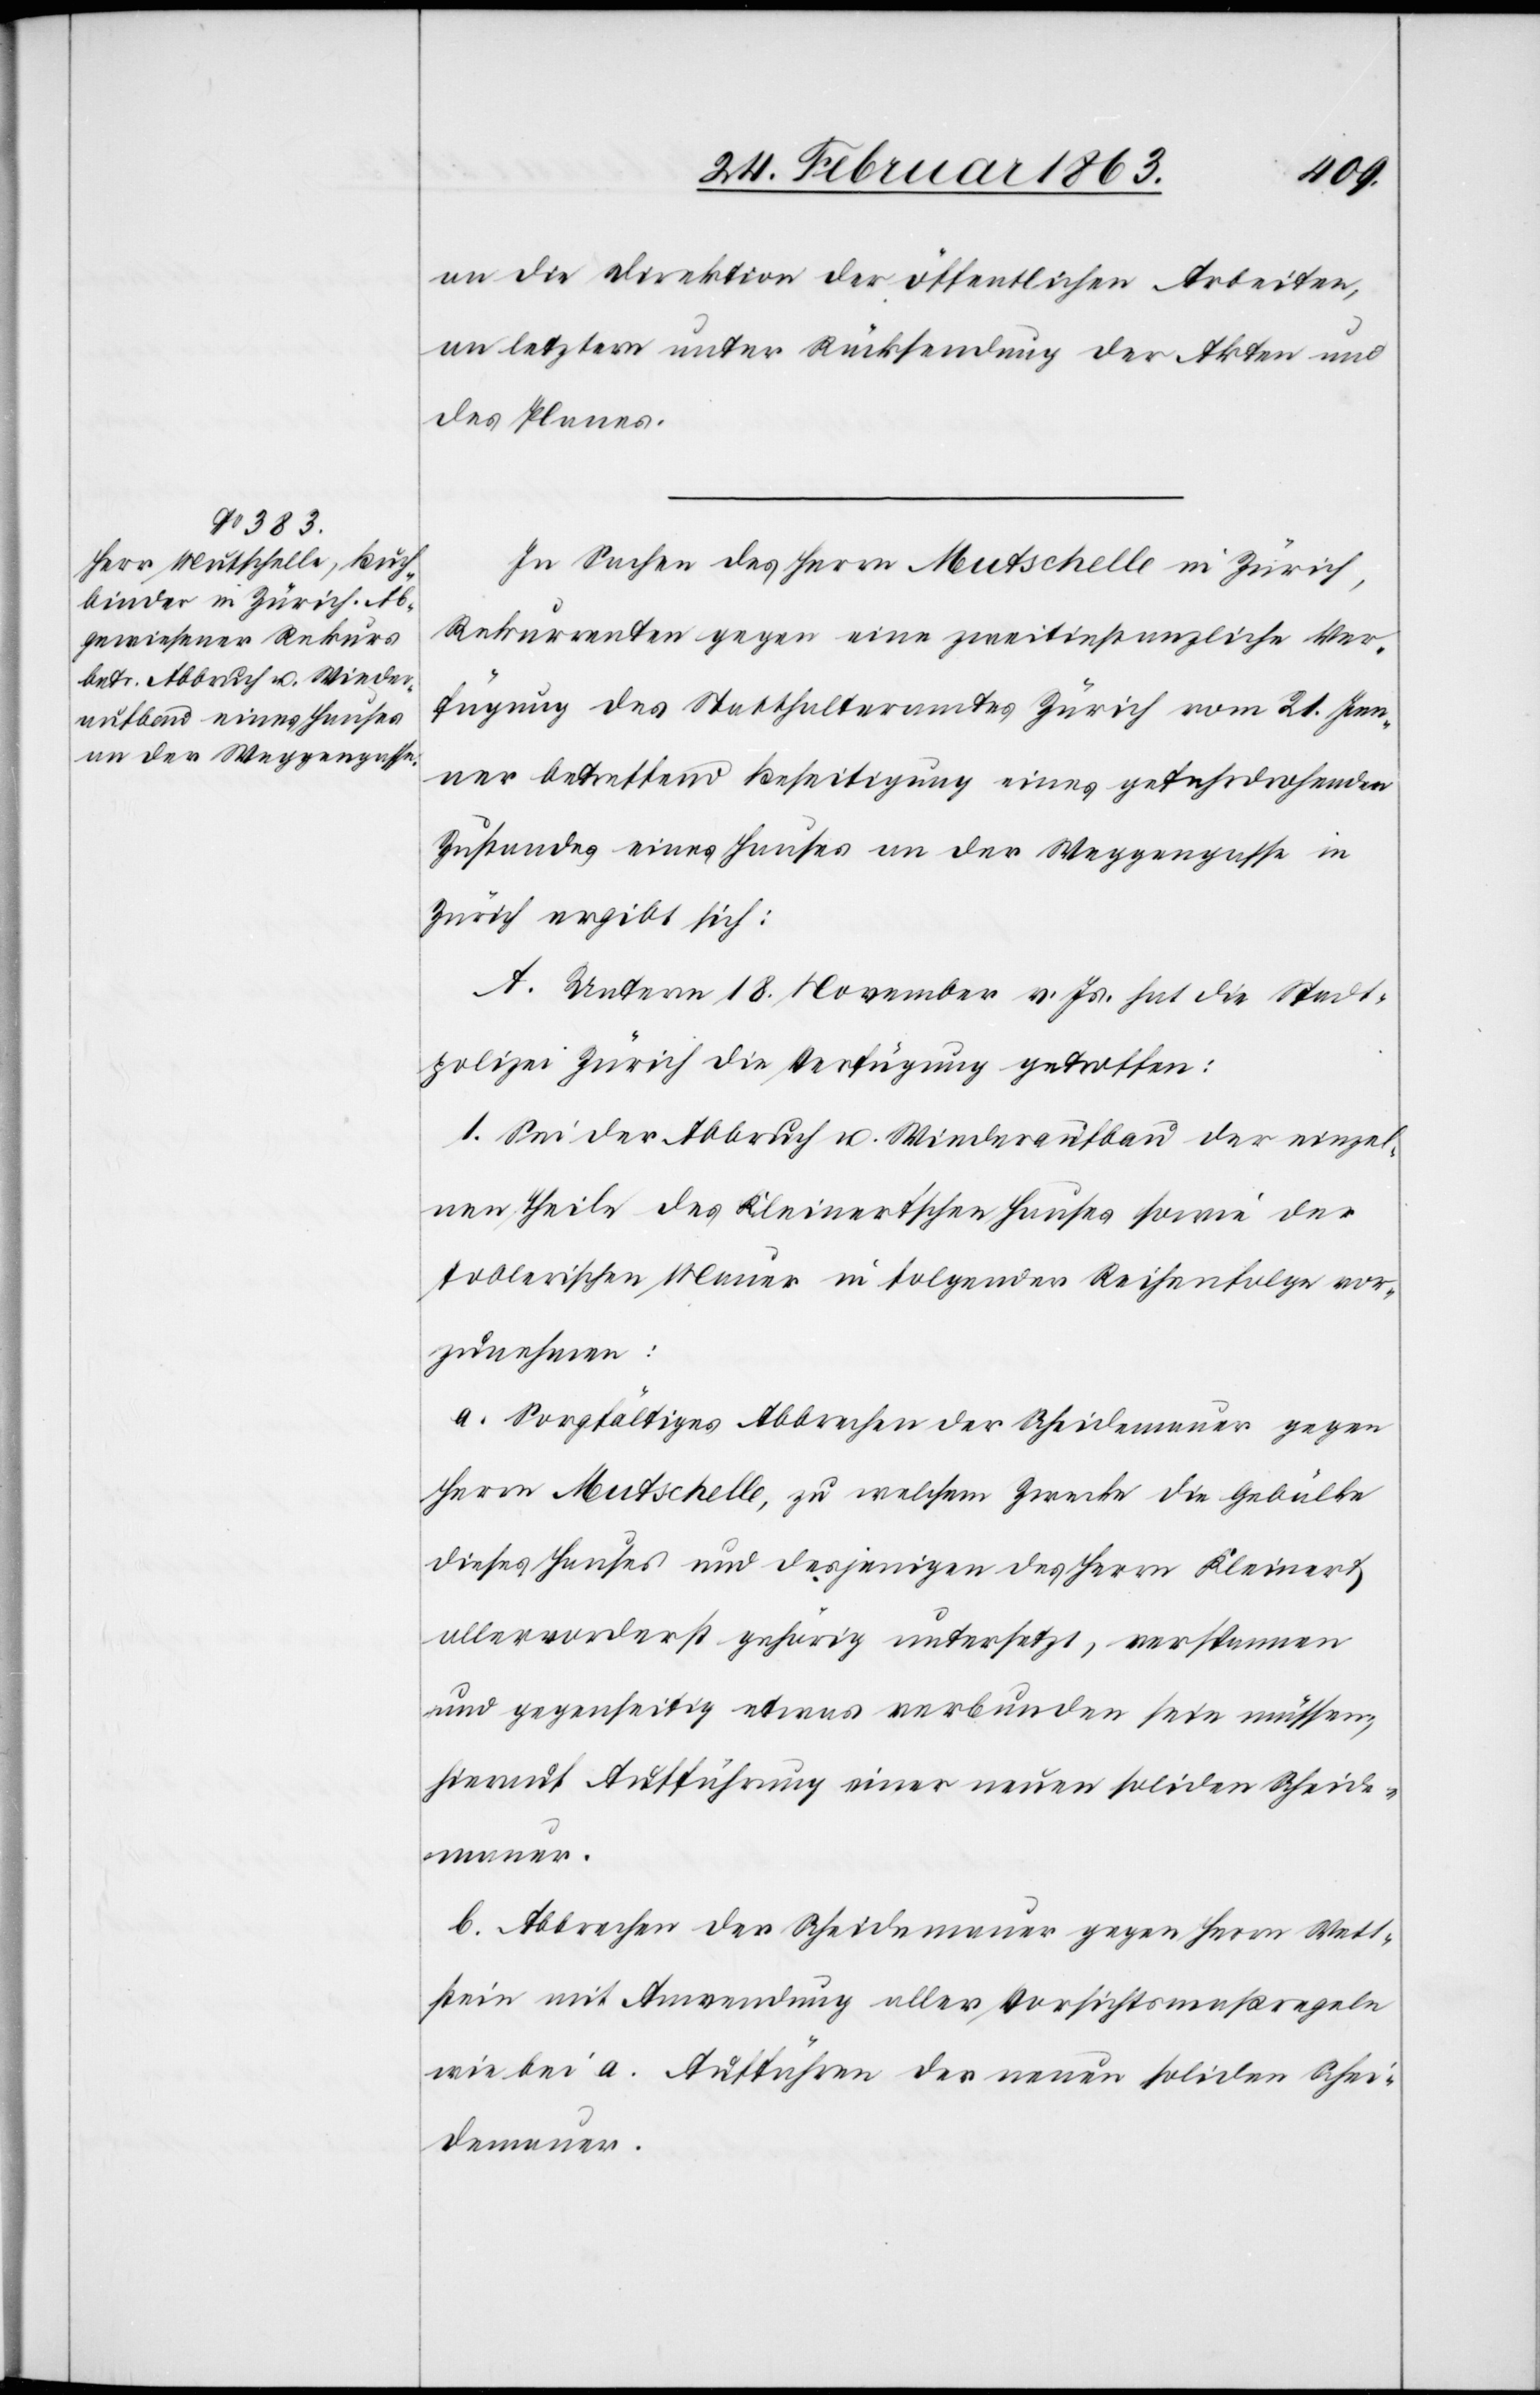
an die Direktion der öffentlichen Arbeiten,
an letztern unter Rücksendung der Akten und
des Planes.
In Sachen des Herrn Mutschelle in Zürich,
Rekurrenten gegen eine zweitinstanzliche Ver¬
fügung des Statthalteramtes Zürich vom 21. Jen¬
ner betreffend Beseitigung eines gefahrdrohenden
Zustandes eines Hauses an der Weggengasse in
Zürich ergibt sich:
A. Unterm 18. November v. Js. hat die Stadt¬
polizei Zürich die Verfügung getroffen:
1. Sei der Abbruch u. Wiederaufbau der einzel¬
nen Theile des Kleinertschen Hauses sowie der
toblerischen Mauer in folgender Reihenfolge vor¬
zunehmen:
a. Sorgfältiges Abbrechen der Scheidemauer gegen
Herrn Mutschelle, zu welchem Zwecke die Gebälke
dieses Hauses und desjenigen des Herrn Kleinert
allervorderst gehörig untersetzt, verspannen
und gegenseitig etwas verbunden sein müssen;
hierauf Aufführung einer neuen soliden Scheide¬
mauer.
b. Abbrechen der Scheidemauer gegen Herrn Wett¬
stein mit Anwendung aller Vorsichtsmaßregeln
wie bei a. Aufführen der neuen soliden Schei¬
demauer.